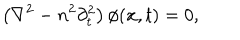
\left( \nabla ^ { 2 } - n ^ { 2 } \partial _ { t } ^ { 2 } \right) \phi ( { \bf x } , t ) = 0 ,